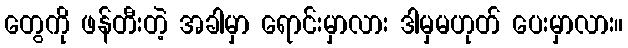
တွေကို ဖန်တီးတဲ့ အခါမှာ ရောင်းမှာလား ဒါမှမဟုတ် ပေးမှာလား။